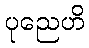
ပုညေဟိ